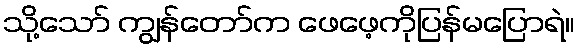
သို့သော် ကျွန်တော်က ဖေဖေ့ကိုပြန်မပြောရဲ။